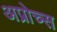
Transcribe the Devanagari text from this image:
अप्रोच्स